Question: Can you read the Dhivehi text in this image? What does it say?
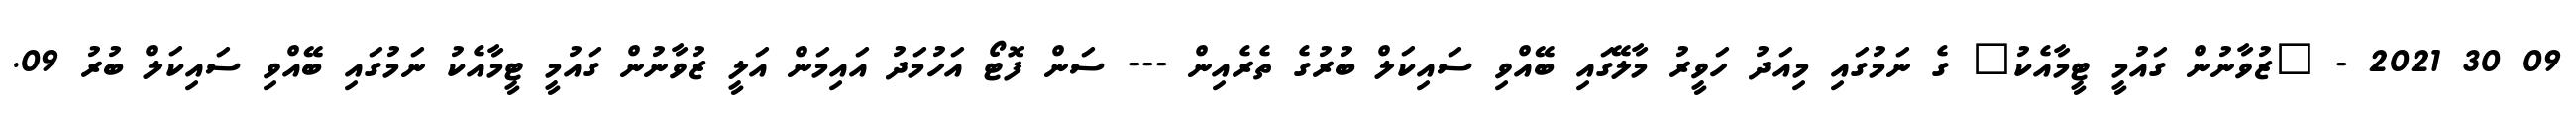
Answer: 09 30 2021 - "ޒުވާނުން ގައުމީ ޓީމާއެކު" ގެ ނަމުގައި މިއަދު ހަވީރު މާލޭގައި ބޭއްވި ސައިކަލް ބުރުގެ ތެރެއިން --- ސަން ފޮޓޯ އަހުމަދު އައިމަން އަލީ ޒުވާނުން ގައުމީ ޓީމާއެކު ނަމުގައި ބޭއްވި ސައިކަލް ބުރު 09.